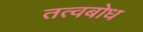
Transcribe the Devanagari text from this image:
तत्वबोध